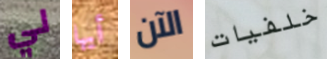
لي أيها الآن خلفيات